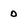
Character: 0